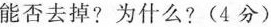
能否去掉?为什么?(4分)